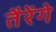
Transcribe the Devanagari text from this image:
तैरेंगे